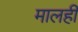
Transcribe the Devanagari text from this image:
मालही